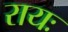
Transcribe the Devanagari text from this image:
रायः